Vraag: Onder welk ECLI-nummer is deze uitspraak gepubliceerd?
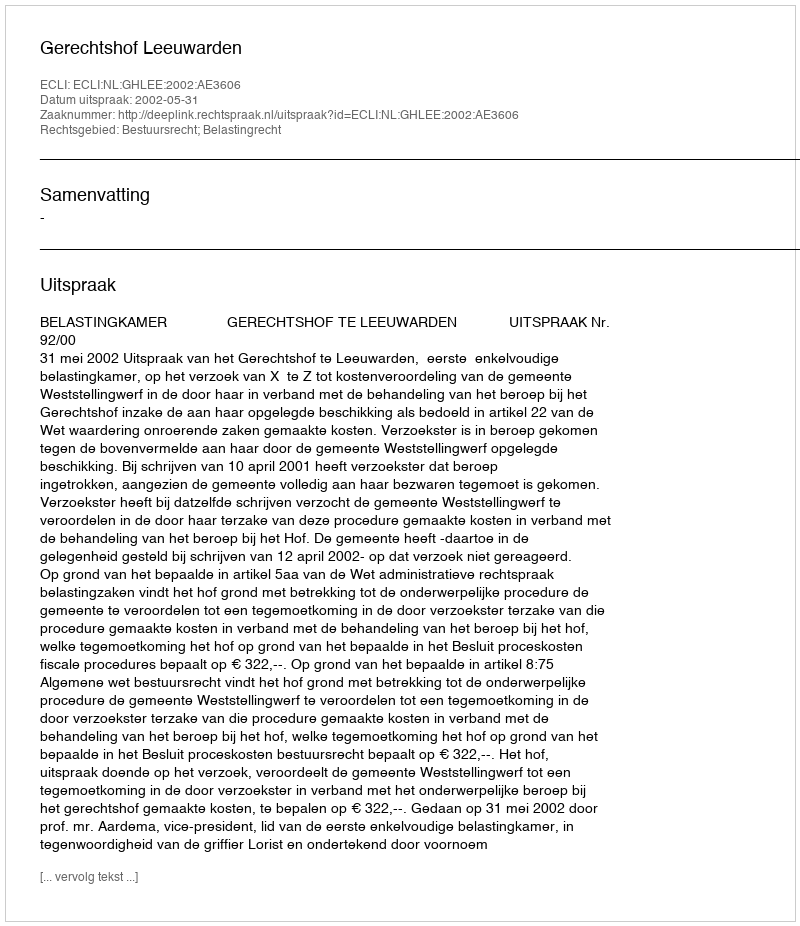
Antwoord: ECLI:NL:GHLEE:2002:AE3606